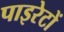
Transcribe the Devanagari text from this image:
पाइरेटों